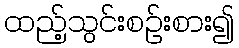
ထည့်သွင်းစဉ်းစား၍